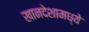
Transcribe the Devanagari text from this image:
खानदेशामध्ये